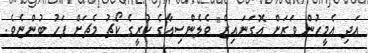
އަދި އެމީހުން ވަރަށް އޮގަނައިޒް" ވެލެންސިއާގެ ކުރީގެ ކޯޗު މެޗަށް ފަހު ބުންޏެވެ.